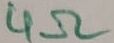
Text: 4Ω